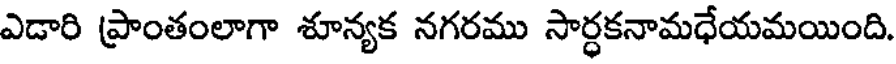
ఎడారి ప్రాంతంలాగా శూన్యక నగరము సార్ధకనామధేయమయింది.